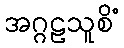
အဂ္ဂဠသူစိံ